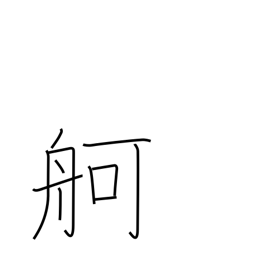
Meaning: large boat